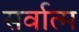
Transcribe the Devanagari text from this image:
सर्वात्म